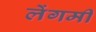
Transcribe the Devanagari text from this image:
लेंगमी